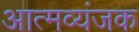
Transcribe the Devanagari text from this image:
आत्मव्यंजक